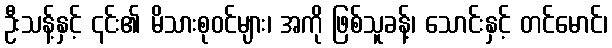
ဦးသန့်နှင့် ၎င်း၏ မိသားစုဝင်များ၊ အကို ဖြစ်သူခန့်၊ သောင်းနှင့် တင်မောင်၊